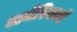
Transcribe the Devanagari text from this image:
अमेरिकामें